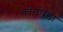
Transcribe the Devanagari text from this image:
कोलोरॅडो